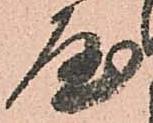
屋